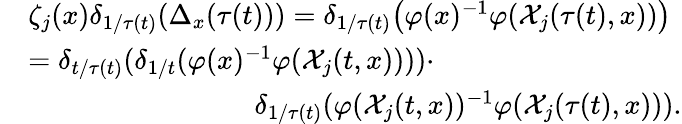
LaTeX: \begin{array}{rl}&{\zeta_{j}(x)\delta_{1/\tau(t)}(\Delta_{x}(\tau(t)))=\delta_{1/\tau(t)}\big(\varphi(x)^{-1}\varphi(\mathcal{X}_{j}(\tau(t),x))\big)}\\ &{=\delta_{t/\tau(t)}(\delta_{1/t}(\varphi(x)^{-1}\varphi(\mathcal{X}_{j}(t,x))))\cdot}\\ &{\qquad\qquad\qquad\qquad\delta_{1/\tau(t)}(\varphi(\mathcal{X}_{j}(t,x))^{-1}\varphi(\mathcal{X}_{j}(\tau(t),x))).}\end{array}